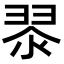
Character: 𮋀